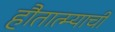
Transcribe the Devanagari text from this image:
हौतात्म्याची